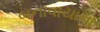
બનાવાયાના